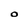
Character: O